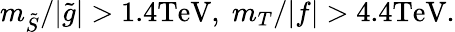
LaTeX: m_{\tilde{S}}/|\tilde{g}|>1.4\mathrm{TeV},\; m_{T}/|f|>4.4\mathrm{TeV}.